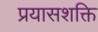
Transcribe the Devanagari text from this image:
प्रयासशक्ति